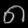
Digit: ၈